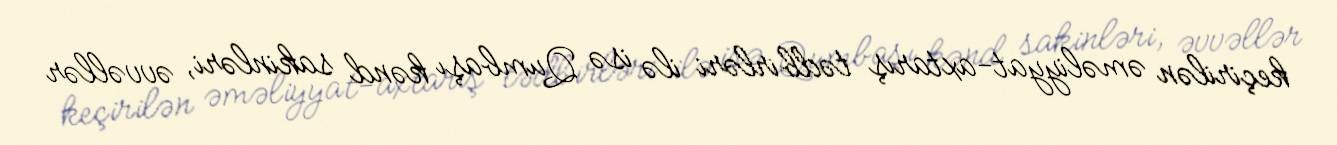
keçirilən əməliyyat-axtarış tədbirləri ilə isə Qumbaşı kənd sakinləri, əvvəllər